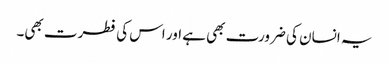
یہ انسان کی ضرورت بھی ہے اور اس کی فطرت بھی۔